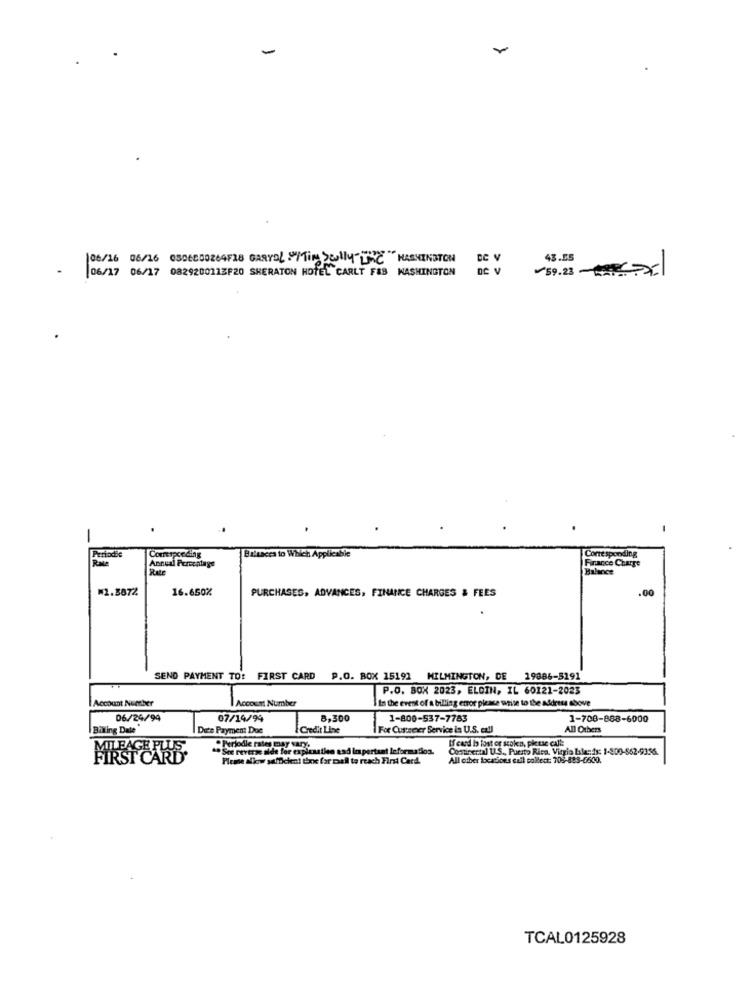
-
106/16 06/16 0306800264F38 GARYDL "Min Sully""C "WASHINGTON
43.55
|06/17 06/17 0829200113F20 SHERATON HOTEL CARLT F&B WASHINGTON
59.23 .
-
Periodic
Corresponding
Biltocca to Which Applicable
Corresponding
Finance Charge
Annual Percentage
Rate
M2.3872
16.650%
.00
PURCHASES, ADVANCES, FINANCE CHARGES & FEES
SEND PAYMENT TO: FIRST CARD P.O. BOX 15191
WILMINGTON, DE 19886-5191
P.O. BOX 2023, ELOIN, IL 60121-2023
Account Number
I in the event of a billing error please write to the address above
Account Nuesber
06/24/94
07/14/99
8,300
1-800-537-7783
1-708-888-6000
Billing Dale
Du's Payment Due
Credit Line
For Curseer Service in U.S. eall
All Others
If card Is lost or scoken, pk use calle
. See reverse aide
med for expiaatien and important leformation.
Continental U.S ., Puesto Rica, Vitrio lalands: 1-800-862-9356.
FIRST CARE
Pleme allow sufficient tine for pall to reach First Card.
All ciber locations call collect: 705-883-6600.
TCAL0125928